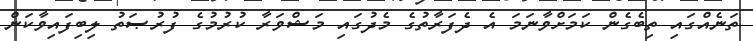
ތަނެއްގައި ތިބެގެން ކަމަށްވާނަމަ އެ ދެފަރާތުގެ މެދުގައި މަޝްވަރާ ކުރުމުގެ ފުރުޞަތު ލިބިފައިވާކަން